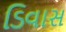
ડિવાસ